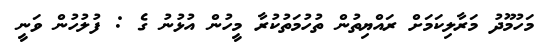
މަހުމޫދު މަރާލިކަމަށް ރައްޔިތުން ތުހުމަތުކުރާ މީހުން އުޅުނު ގެ : ފުލުހުން ވަނީ